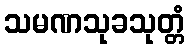
သမဏသုခသုတ္တံ